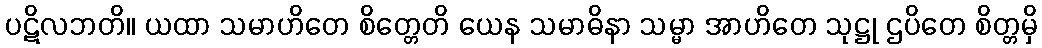
ပဋိလဘတိ။ ယထာ သမာဟိတေ စိတ္တေတိ ယေန သမာဓိနာ သမ္မာ အာဟိတေ သုဋ္ဌု ဌပိတေ စိတ္တမှိ